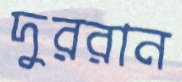
দুররান